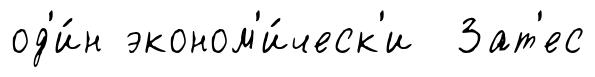
од'и́н эконом'и́ческ'и Зат'ес